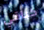
كباقي